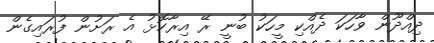
ދިއްދޫން ވާހަކަ ދެއްކި މީހަކު ބުނީ ރޭ އިރާކޮޅު އެ ރަށުން ފުރައިގެން